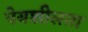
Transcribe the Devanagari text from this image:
पेयशीलता